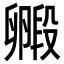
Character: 毈